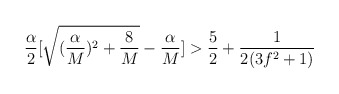
\begin{align*}\frac{\alpha}{2}[\sqrt{(\frac{\alpha}{M})^2 + \frac{8}{M}}-\frac{\alpha}{M}] > \frac{5}{2} + \frac{1}{2(3f^2+1)}\end{align*}